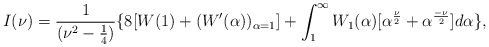
\begin{align*}I(\nu)=\frac{1}{(\nu^2-\frac{1}{4})}\{8[W(1)+(W^{\prime}(\alpha))_{\alpha=1}]+\int_{1}^{\infty}W_1(\alpha)[\alpha^\frac{\nu}{2}+\alpha^\frac{-\nu}{2}]d\alpha\},\end{align*}